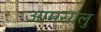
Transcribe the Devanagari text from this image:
आमसालु